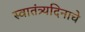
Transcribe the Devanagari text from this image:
स्वातंत्र्यदिनाचे